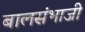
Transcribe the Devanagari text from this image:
बालसंभाजी